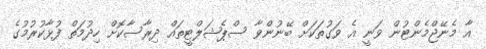
އާ މެނޭޖްމެންޓުން ވަނީ އެ ވަގުތަކަށް ބޭނުންވާ ސްޕެޝަލްޓީތައް ދިރާސާކޮށް ހިދުމަތް ފުޅާކުރުމުގެ